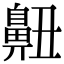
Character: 䶊